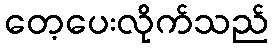
တေ့ပေးလိုက်သည်